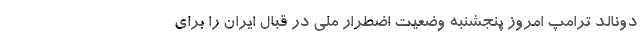
دونالد ترامپ امروز پنجشنبه وضعیت اضطرار ملی در قبال ایران را برای